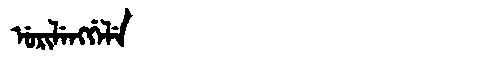
Manchu: ᡠᡵᡳᠯᡝᠩᡤᡝᠯᡝ
Romanization: URILENGGELE